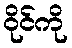
ဝိုင်ကို